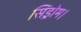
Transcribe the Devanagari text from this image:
सिंड्रोम।